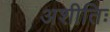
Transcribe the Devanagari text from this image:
अशीतिः